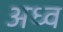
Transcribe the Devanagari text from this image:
अध्व